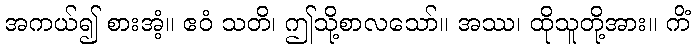
အကယ်၍ စားအံ့။ ဧဝံ သတိ၊ ဤသို့စာလသော်။ အဿ၊ ထိုသူတို့အား။ ကိံ